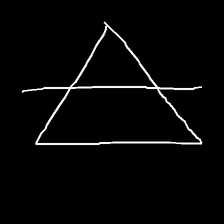
Glyph: empower